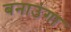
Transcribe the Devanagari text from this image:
बनाउंगा